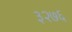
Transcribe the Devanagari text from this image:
३२७६